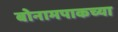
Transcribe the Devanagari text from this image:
बोनामपाकच्या